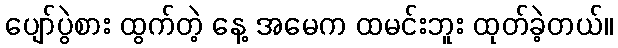
ပျော်ပွဲစား ထွက်တဲ့ နေ့ အမေက ထမင်းဘူး ထုတ်ခဲ့တယ်။